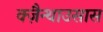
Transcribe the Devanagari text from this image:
क्ज़ैन्थाउसास